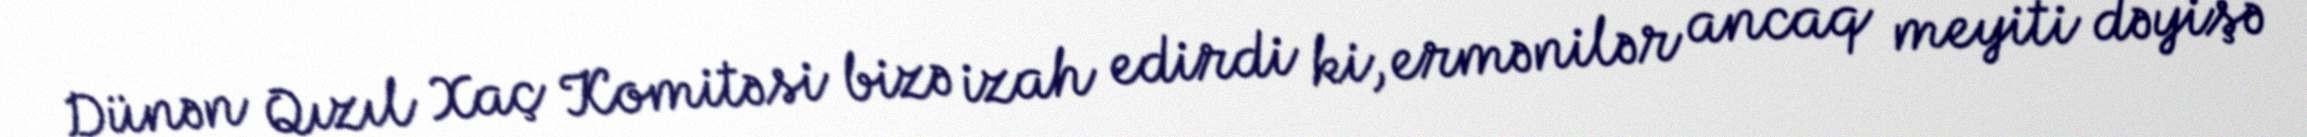
Dünən Qızıl Xaç Komitəsi bizə izah edirdi ki, ermənilər ancaq meyiti dəyişə